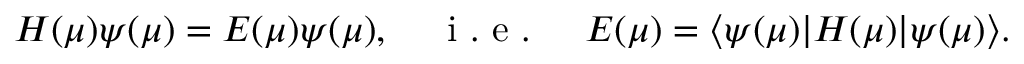
H ( \mu ) \psi ( \mu ) = E ( \mu ) \psi ( \mu ) , \; \; \; \; \mathrm { ~ i ~ . ~ e ~ . ~ } \; \; \; \; E ( \mu ) = \langle \psi ( \mu ) | H ( \mu ) | \psi ( \mu ) \rangle .